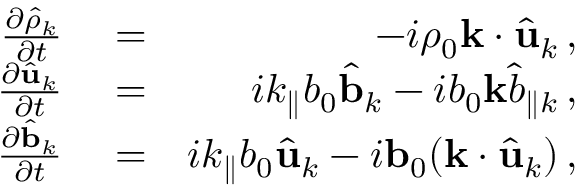
\begin{array} { r l r } { { \frac { \partial \hat { \rho } _ { k } } { \partial t } } } & { { } = } & { - i \rho _ { 0 } { \bf k } \cdot \hat { \bf u } _ { k } \, , } \\ { { \frac { \partial \hat { \bf u } _ { k } } { \partial t } } } & { { } = } & { i k _ { \parallel } b _ { 0 } { \hat { \bf b } } _ { k } - i b _ { 0 } { \bf k } { \hat { b } } _ { \parallel k } \, , } \\ { { \frac { \partial \hat { \bf b } _ { k } } { \partial t } } } & { { } = } & { i k _ { \parallel } b _ { 0 } \hat { \bf u } _ { k } - i { \bf b } _ { 0 } ( { \bf k } \cdot \hat { \bf u } _ { k } ) \, , } \end{array}